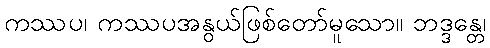
ကဿပ၊ ကဿပအနွယ်ဖြစ်တော်မူသော။ ဘဒ္ဒန္တေ၊